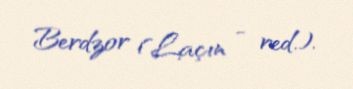
Berdzor (Laçın - red.).